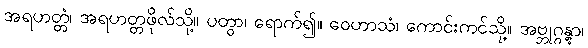
အရဟတ္တံ၊ အရဟတ္တဖိုလ်သို့။ ပတွာ၊ ရောက်၍။ ဝေဟာသံ၊ ကောင်းကင်သို့။ အဗ္ဘုဂ္ဂန္တွာ၊